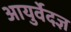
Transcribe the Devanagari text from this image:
आयुर्वेदज्ञ